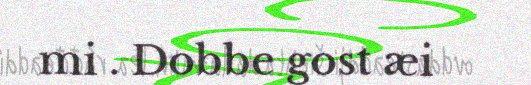
mi . Dobbe gost æi